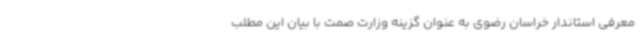
معرفی استاندار خراسان رضوی به عنوان گزینه وزارت صمت با بیان این مطلب